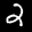
Label: 2